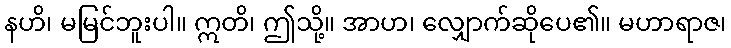
နဟိ၊ မမြင်ဘူးပါ။ ဣတိ၊ ဤသို့။ အာဟ၊ လျှောက်ဆိုပေ၏။ မဟာရာဇ၊